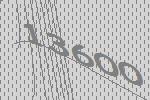
13600